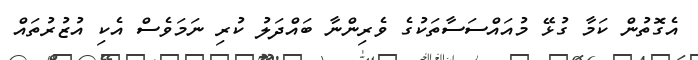
އެގޮތުން ކަމާ ގުޅޭ މުއައްސަސާތަކުގެ ވެރިންނާ ބައްދަލު ކުރި ނަމަވެސް އެކި އުޒުރުތައް